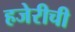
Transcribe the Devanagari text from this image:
हजेरीची